Day School Certificate (Higher), 1932
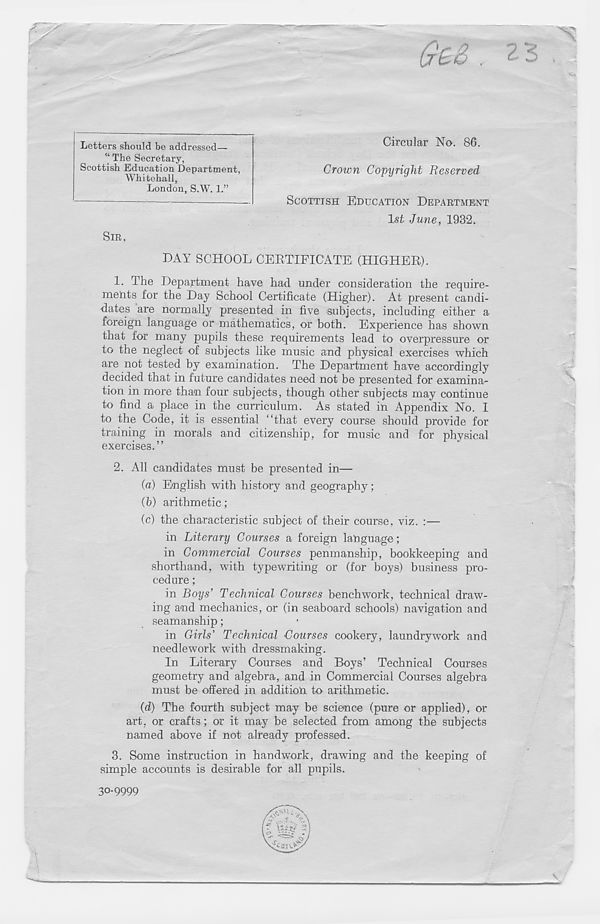
teB, 2
Letters should be addressed—
“ The Secretary,
Scottish Education Department,
Whitehall,
London, S.W'. 1.”
SIR,
Circular No. 86.
Groton Copyright Reserved
SCOTTISH EDUCATION DEPARTMENT
1st June, 1932.
DX\Y SCHOOL CERTIFICATE (HIGHER).
1.
The Department have had under con
ments for the Day School Certificate (Higher). At present candi-
dates are normally presented in five subjects, including either a
foreign language or mathematics, or both. Experience has shown
that for many pupils these requirements lead to overpressure or
to the neglect of subjects like music and physical exercises which
are not tested by examination. The Department have accordingly
decided that in future candidates need not be presented for examina-
tion in more than four subjects, though other subjects may continue
to find a place in the curriculum. As stated in Appendix No. I
to the Code, it is essential “that every course should provide for
training in morals and citizenship, for music and for physical
exercises.”
2. All candidates must be presented in—
(a) English with history and geography;
(b) arithmetic;
(e) the characteristic subject of their course, viz. :—
in Literary Courses a foreign language;
in Commercial Courses penmanship, bookkeeping and
shorthand, with typewriting or (for boys) business pro-
cedure ;
in Boys’ Technical Courses benchwork, technical draw-
ing and mechanics, or (in seaboard schools) navigation and
seamanship;
in Girls’ Technical Courses cookery, laundry work and
needlework with dressmaking.
In Literary Courses and Boys’ Technical Courses
geometry and algebra, and in Commercial Courses algebra
must be offered in addition to arithmetic.
(d) The fourth subject may be science (pure or applied), or
art, or crafts; or it may be selected from among the subjects
named above if not already professed.
3. Some instruction in handwork, drawing and the keeping of
simple accounts is desirable for all pupils.
30-9999